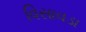
વિસાવડા